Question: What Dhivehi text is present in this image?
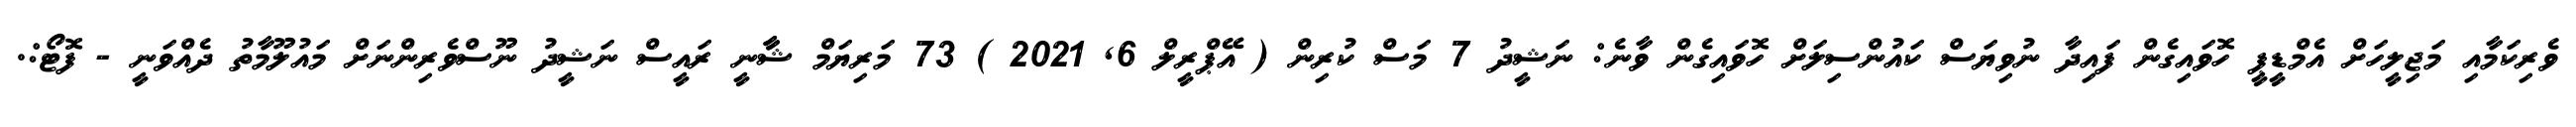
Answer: ވެރިކަމާއި މަޖިލީހަށް އެމްޑީޕީ ހޮވައިގެން ފައިދާ ނުވިޔަސް ކައުންސިލަށް ހޮވައިގެން ވާނެ: ނަޝީދު 7 މަސް ކުރިން ( އޭޕްރީލް 6, 2021 ) 73 މަރިޔަމް ޝާާނީ ރައީސް ނަޝީދު ނޫސްވެރިންނަށް މައުލޫމާތު ދެއްވަނީ - ފޮޓޯ:.